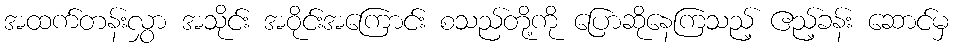
အထက်တန်းလွှာ အသိုင်း အဝိုင်းအကြောင်း စသည်တို့ကို ပြောဆိုနေကြသည့် ဧည့်ခန်း ဆောင်မှ